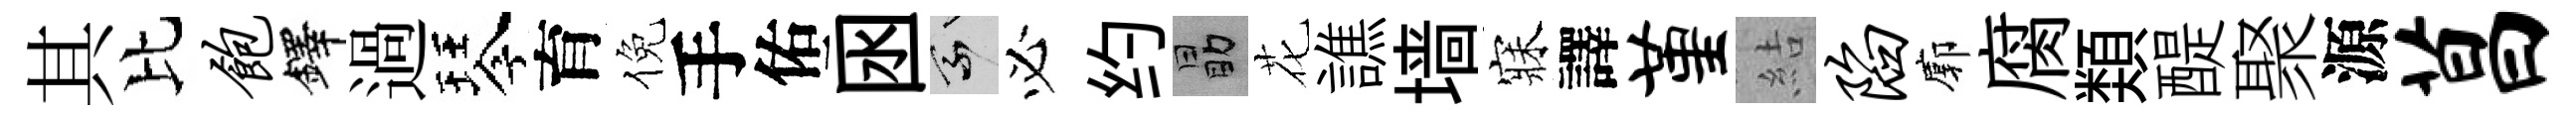
其比饱鐸過琴育倪手佑囦乘必约勗花譙墙寐譯堇結陷廓腐𩔖醍聚源菖